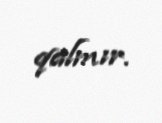
qalmır.